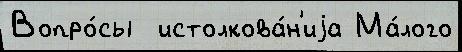
Вопро́сы  истолкова́н'иjа Ма́лого